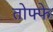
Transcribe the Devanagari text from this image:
तोफ्फे